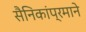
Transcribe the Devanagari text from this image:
सैनिकांप्रमाने